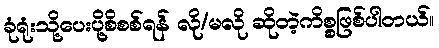
ခုံရုံးသို့ပေးပို့စိစစ်ရန် လို/မလို ဆိုတဲ့ကိစ္စဖြစ်ပါတယ်။